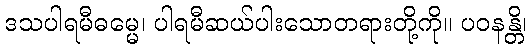
ဒသပါရမီဓမ္မေ၊ ပါရမီဆယ်ပါးသောတရားတို့ကို။ ပဝနန္တိ၊